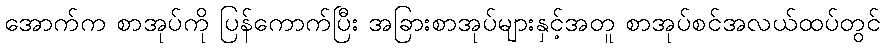
အောက်က စာအုပ်ကို ပြန်ကောက်ပြီး အခြားစာအုပ်များနှင့်အတူ စာအုပ်စင်အလယ်ထပ်တွင်